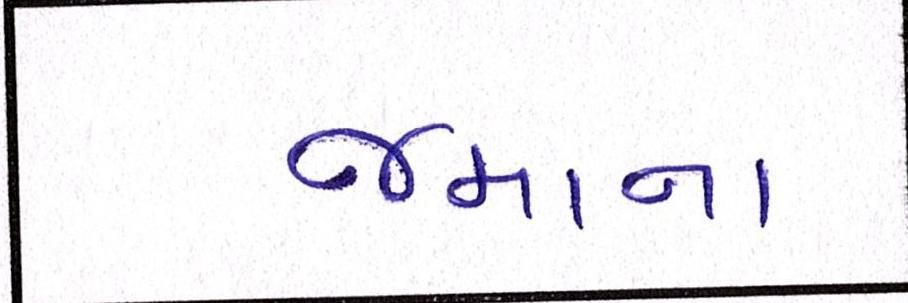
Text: જમાના